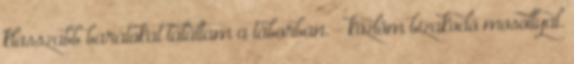
klasszabb barátokat találtam a táborban. - közlöm bizakodó mosollyal.